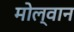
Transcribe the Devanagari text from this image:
मोल्वान